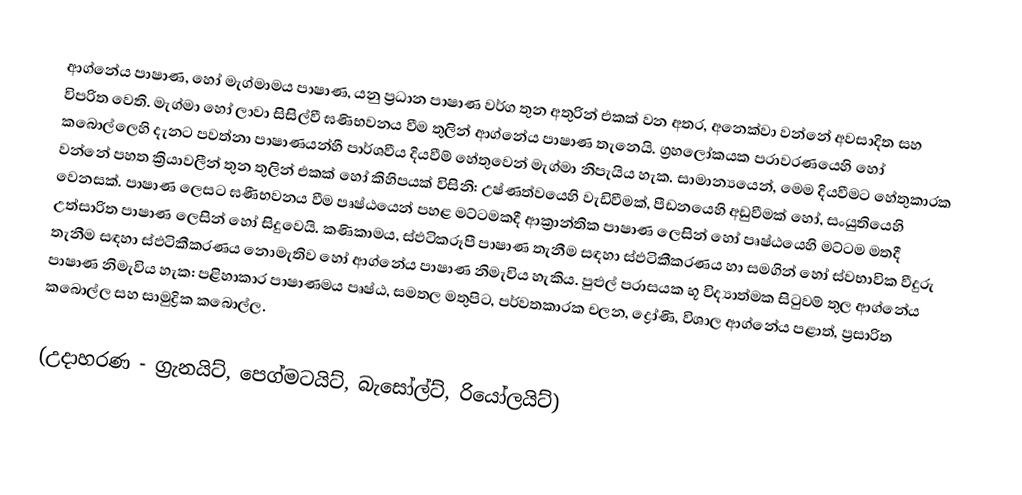
ආග්නේය පාෂාණ, හෝ  මැග්මාමය පාෂාණ, යනු ප්‍රධාන  පාෂාණ වර්ග තුන අතුරින් එකක් වන අතර, අනෙක්වා වන්නේ අවසාදිත සහ විපරිත වෙති. මැග්මා හෝ ලාවා සිසිල්වී ඝණිභවනය වීම තුලින් ආග්නේය පාෂාණ තැනෙයි. ග්‍රහලෝකයක  ප‍්‍රාවරණයෙහි හෝ කබොල්ලෙහි දැනට පවත්නා පාෂාණයන්හී පාර්ශවීය දියවීම් හේතුවෙන් මැග්මා නිපැයිය හැක. සාමාන්‍යයෙන්, මෙම දියවීමට හේතුකාරක වන්නේ පහත ක්‍රියාවලීන් තුන තුලින් එකක් හෝ කිහිපයක් විසිනි: උෂ්ණත්වයෙහි වැඩිවීමක්, පීඩනයෙහි අඩුවීමක් හෝ, සංයුතියෙහි වෙනසක්. පාෂාණ ලෙසට ඝණීභවනය වීම පෘෂ්ඨයෙන් පහළ මට්ටමකදී  ආක්‍රාන්තික පාෂාණ ලෙසින් හෝ පෘෂ්ඨයෙහි මට්ටම මතදී   උත්සාරිත පාෂාණ ලෙසින් හෝ සිදුවෙයි. කණිකාමය, ස්ඵටිකරූපී පාෂාණ තැනීම සඳහා  ස්ඵටිකීකරණය හා සමගින් හෝ ස්වභාවික වීදුරු තැනීම සඳහා  ස්ඵටිකීකරණය නොමැතිව හෝ ආග්නේය පාෂාණ නිමැවිය හැකිය. පුළුල් පරාසයක භූ විද්‍යාත්මක සිටුවම් තුල ආග්නේය පාෂාණ නිමැවිය හැක: පළිහාකාර පාෂාණමය පෘෂ්ඨ, සමතල මතුපිට, පර්වතකාරක චලන, ද්‍රෝණි, විශාල ආග්නේය පළාත්, ප්‍රසාරිත කබොල්ල සහ සාමුද්‍රික කබොල්ල.

(උදාහරණ - ග්‍රැනයිට්, පෙග්මටයිට්, බැසෝල්ට්, රියෝලයිට්)